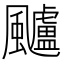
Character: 𩙙